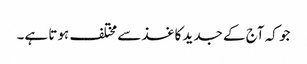
جو کہ آج کے جدید کاغذ سے مختلف ہوتا ہے۔